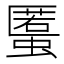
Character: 𧏾